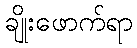
ချိုးဖောက်ရာ